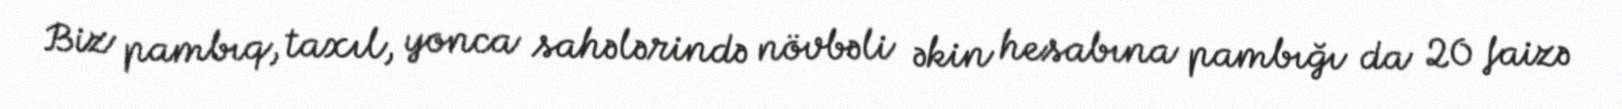
Biz pambıq, taxıl, yonca sahələrində növbəli əkin hesabına pambığı da 20 faizə